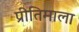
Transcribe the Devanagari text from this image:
प्रीतिमाला